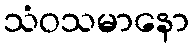
သံဝသမာနော